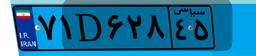
۰۰D۲۲۳۴۱